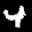
Label: 4